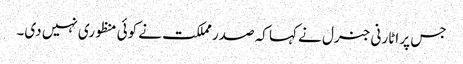
جس پر اٹارنی جنرل نے کہا کہ صدر مملکت نے کوئی منظوری نہیں دی۔